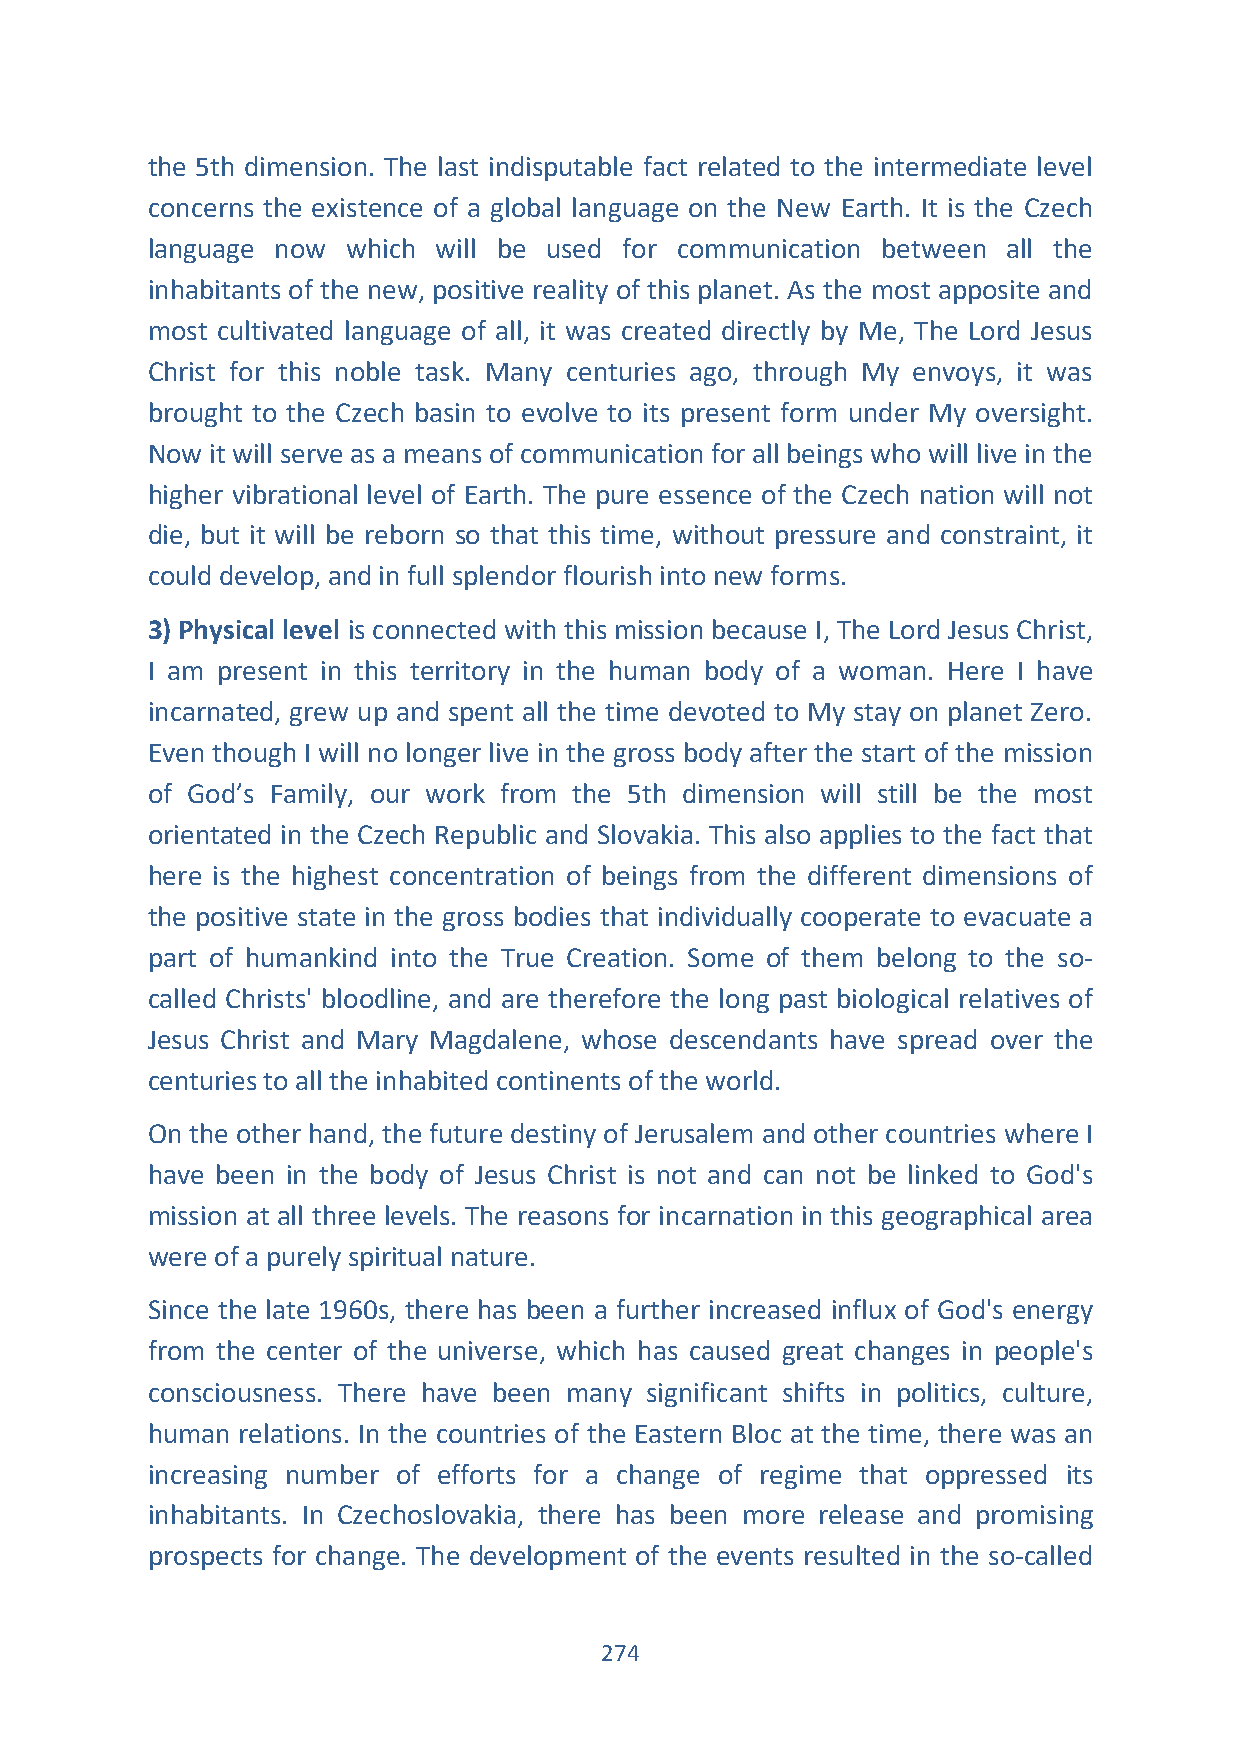
the 5th dimension. The last indisputable fact related to the intermediate level
 concerns the existence of a global language on the New Earth. It is the Czech
 language now which will be used for communication between all the
 inhabitants of the new, positive reality of this planet. As the most apposite and
 most cultivated language of all, it was created directly by Me, The Lord Jesus
 Christ for this noble task. Many centuries ago, through My envoys, it was
 brought to the Czech basin to evolve to its present form under My oversight.
 Now it will serve as a means of communication for all beings who will live in the
 higher vibrational level of Earth. The pure essence of the Czech nation will not
 die, but it will be reborn so that this time, without pressure and constraint, it
 could develop, and in full splendor flourish into new forms.
 3) Physical level is connected with this mission because I, The Lord Jesus Christ,
 I am present in this territory in the human body of a woman. Here I have
 incarnated, grew up and spent all the time devoted to My stay on planet Zero.
 Even though I will no longer live in the gross body after the start of the mission
 of God’s Family, our work from the 5th dimension will still be the most
 orientated in the Czech Republic and Slovakia. This also applies to the fact that
 here is the highest concentration of beings from the different dimensions of
 the positive state in the gross bodies that individually cooperate to evacuate a
 part of humankind into the True Creation. Some of them belong to the so-
 called Christs' bloodline, and are therefore the long past biological relatives of
 Jesus Christ and Mary Magdalene, whose descendants have spread over the
 centuries to all the inhabited continents of the world.
 On the other hand, the future destiny of Jerusalem and other countries where I
 have been in the body of Jesus Christ is not and can not be linked to God's
 mission at all three levels. The reasons for incarnation in this geographical area
 were of a purely spiritual nature.
 Since the late 1960s, there has been a further increased influx of God's energy
 from the center of the universe, which has caused great changes in people's
 consciousness. There have been many significant shifts in politics, culture,
 human relations. In the countries of the Eastern Bloc at the time, there was an
 increasing number of efforts for a change of regime that oppressed its
 inhabitants. In Czechoslovakia, there has been more release and promising
 prospects for change. The development of the events resulted in the so-called
 274